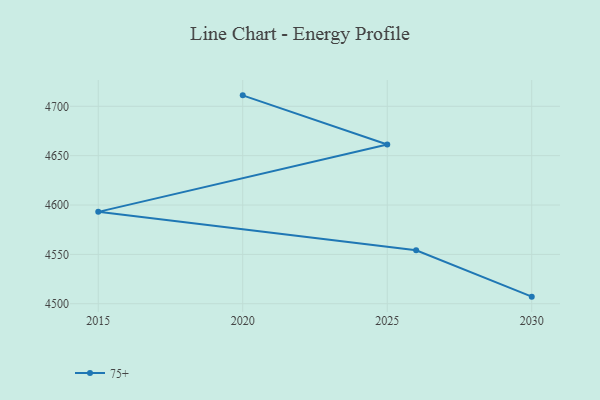
{"axis": {"x": "Year", "y": "Demand Index"}, "legend": ["75+"], "data": [{"x": "2030", "y": 4507.2, "type": "75+"}, {"x": "2026", "y": 4554.2, "type": "75+"}, {"x": "2015", "y": 4593.1, "type": "75+"}, {"x": "2025", "y": 4661.3, "type": "75+"}, {"x": "2020", "y": 4711.1, "type": "75+"}]}